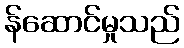
န်ဆောင်မှုသည်